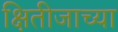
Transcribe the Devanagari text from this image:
क्षितीजाच्या